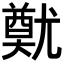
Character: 𡰙